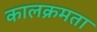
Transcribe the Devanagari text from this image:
कालक्रमता